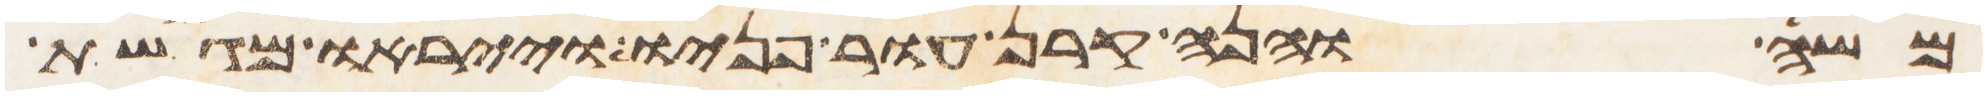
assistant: משה והנה קרן עור פניו וייראו מגשת